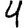
Digit: 4